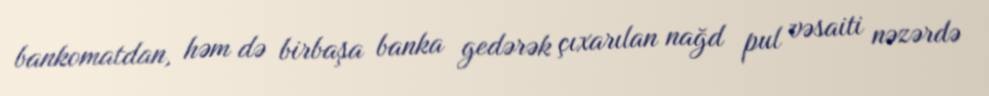
bankomatdan, həm də birbaşa banka gedərək çıxarılan nağd pul vəsaiti nəzərdə